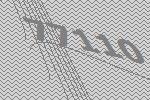
77110